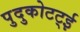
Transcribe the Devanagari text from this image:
पुदुकोटट्ई